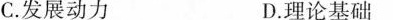
C. 发展动力 D. 理论基础